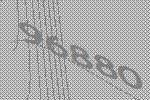
96880